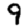
Digit: 9